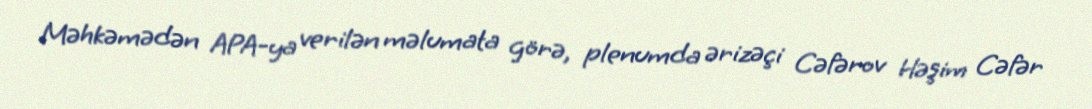
Məhkəmədən APA-ya verilən məlumata görə, plenumda ərizəçi Cəfərov Həşim Cəfər